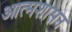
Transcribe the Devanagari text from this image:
आत्मशासन